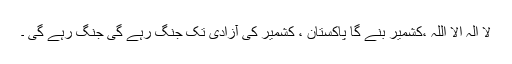
لا الہ الا اللہ ،کشمیر بنے گا پاکستان ، کشمیر کی آزادی تک جنگ رہے گی جنگ رہے گی ۔